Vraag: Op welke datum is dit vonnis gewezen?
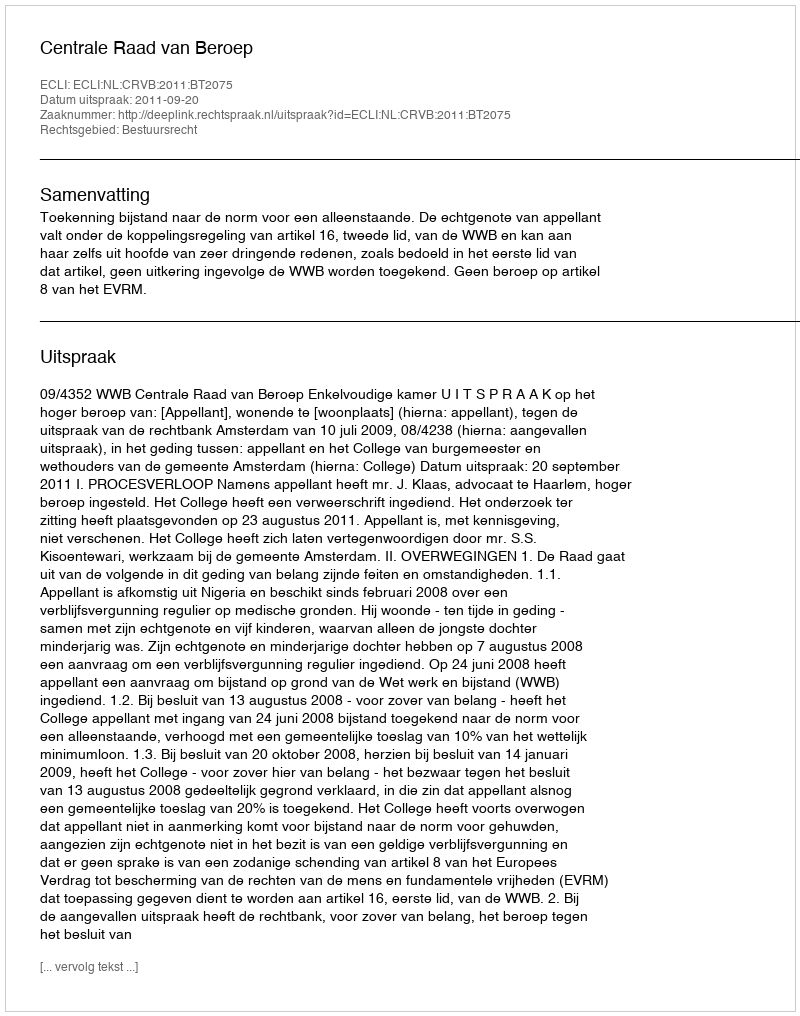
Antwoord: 2011-09-20